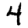
Digit: 4